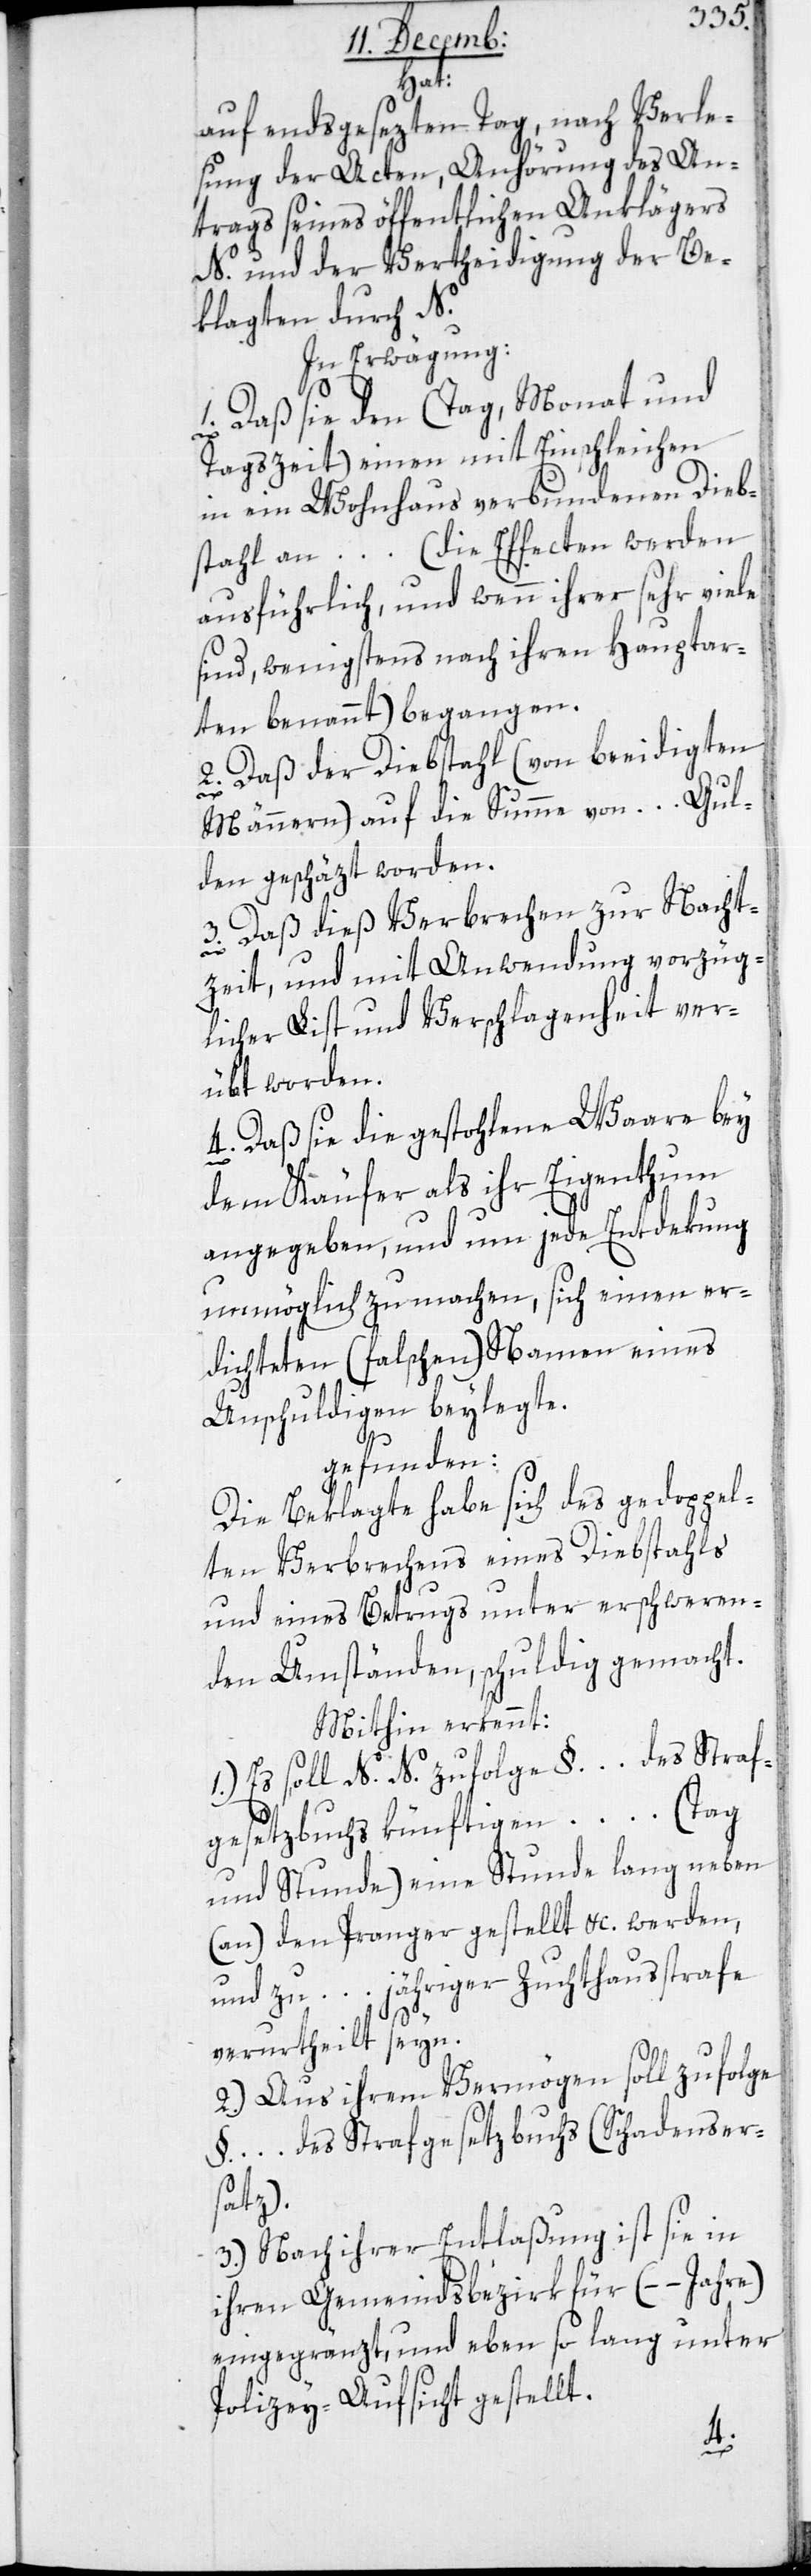
hat
auf endsgesezten Tag, nach Verle¬
sung der Acten, Anhörung des An¬
trags seines öffentlichen Anklägers
N. und der Vertheidigung der Be¬
klagten durch N.
In Erwägung:
1. Daß sie den (Tag, Monat und
Tagszeit) einen mit Einschleichen
in ein Wohnhaus verbundenen Dieb¬
stahl an … (die Effecten werden
ausführlich, und wenn ihrer sehr viele
sind, wenigstens nach ihren Hauptar¬
ten benannt) begangen.
2. Daß der Diebstahl (von beeidigten
Männern) auf die Summe von … Gul¬
den geschäzt worden.
3. Daß dieß Verbrechen zur Nacht¬
zeit und mit Anwendung vorzüg¬
licher List und Verschlagenheit ver¬
übt worden.
4. Daß sie die gestohlene Waare bey
dem Käufer als ihr Eigentum
angegeben, und um jede Entdekung
unmöglich zu machen, sich einen er¬
dichteten (falschen) Namen eines
Unschuldigen beylegte,
gefunden:
Die Beklagte habe sich des gedoppel¬
ten Verbrechens eines Diebstahls
und eines Betrugs unter erschweren¬
den Umständen, schuldig gemacht.
Mithin erkennt:
1.) Es soll N. N. zufolge §. … des Straf¬
gesetzbuchs künftigen … (Tag
und Stunde) eine Stunde lang neben
(an) den Pranger gestellt &c. werden,
und zu … jähriger Zuchthausstrafe
verurtheilt seyn.
2.) Aus ihrem Vermögen soll zufolge
§. … des Strafgesetzbuchs (Schadenser¬
satz).
3.) Nach ihrer Entlaßung ist sie in
ihren Gemeindsbezirk für (– – Jahre)
eingegränzt, und ebenso lang unter
Polizey-Aufsicht gestellt.